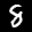
Label: 8